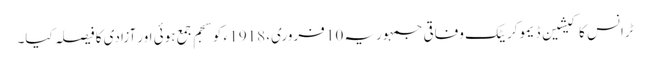
ٹرانس کاکیشین ڈیموکریٹک وفاقی جمہوریہ 10 فروری، 1918 ء کو سجم جمع ہوئی اور آزادی کا فیصلہ کیا۔